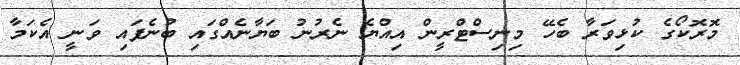
މޮރޮކޯގެ ކުޅިވަރާ ބެހޭ މިނިސްޓްރީން އިއްޔެ ނެރުނު ބަޔާނެއްގައި ބުނެފައި ވަނީ އެކަމާ